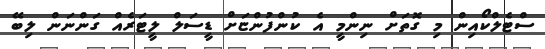
ސްޓެލްކޯއިން މި ގޮތަށް ނިންމީ އެ ކުންފުންޏަށް ޑީސަލް ލީޓަރެއް ގަންނަން ލިބޭ